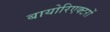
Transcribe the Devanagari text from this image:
बायोरिएक्टरों